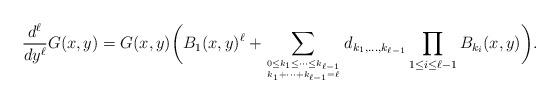
LaTeX: \begin{align*}\frac{d^\ell}{dy^\ell}G(x,y)= G(x,y)\bigg( B_1(x,y)^\ell + \sum_{0\le k_1\le \cdots\le k_{\ell-1}\atop k_1+\cdots+k_{\ell-1} = \ell} d_{k_1,\dots,k_{\ell-1}} \prod_{1\le i\le \ell-1} B_{k_i}(x,y)\bigg).\end{align*}